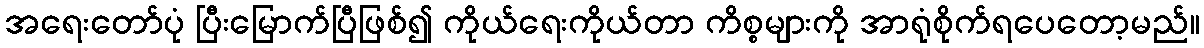
အရေးတော်ပုံ ပြီးမြောက်ပြီဖြစ်၍ ကိုယ်ရေးကိုယ်တာ ကိစ္စများကို အာရုံစိုက်ရပေတော့မည်။